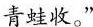
青蛙收。”